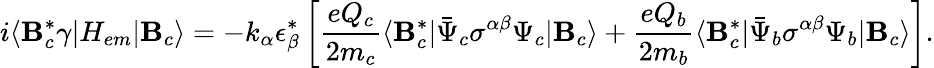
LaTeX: i\langle\mathbf{B}_{c}^{*}\gamma|H_{em}|\mathbf{B}_{c}\rangle=-k_{\alpha}\epsilon_{\beta}^{*}\left[\frac{{eQ_{c}}}{{2m_{c}}}\langle\mathbf{B}_{c}^{*}|\bar{{\Psi}}_{c}{\sigma}^{\alpha\beta}\Psi_{c}|\mathbf{B}_{c}\rangle+\frac{{eQ_{b}}}{{2m_{b}}}\langle\mathbf{B}_{c}^{*}|\bar{{\Psi}}_{b}{\sigma}^{\alpha\beta}\Psi_{b}|\mathbf{B}_{c}\rangle\right].